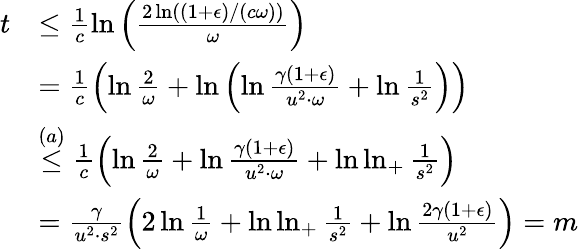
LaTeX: \begin{array}{rl}{t}&{\leq\frac{1}{c}\ln\left(\frac{2\ln((1+\epsilon)/(c\omega))}{\omega}\right)}\\ &{=\frac{1}{c}\left(\ln\frac{2}{\omega}+\ln\left(\ln\frac{\gamma(1+\epsilon)}{u^{2}\cdot\omega}+\ln\frac{1}{s^{2}}\right)\right)}\\ &{\overset{(a)}{\leq}\frac{1}{c}\left(\ln\frac{2}{\omega}+\ln\frac{\gamma(1+\epsilon)}{u^{2}\cdot\omega}+\ln\ln_{+}\frac{1}{s^{2}}\right)}\\ &{=\frac{\gamma}{u^{2}\cdot s^{2}}\left(2\ln\frac{1}{\omega}+\ln\ln_{+}\frac{1}{s^{2}}+\ln\frac{2\gamma(1+\epsilon)}{u^{2}}\right)=m}\end{array}